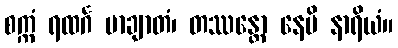
စက္ကံ ရထင်္ဂ မာချာတံ၊ တဿန္တော နေမိ နာရိယံ။